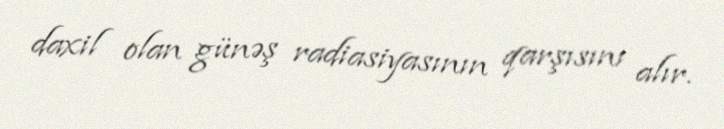
daxil olan günəş radiasiyasının qarşısını alır.